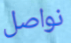
نواصل